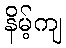
နိမ့်ကျ